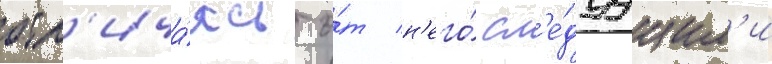
отл'ича́ясь о́т н'его́ сл'е́дуущим'и